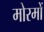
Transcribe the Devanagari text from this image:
मोरमों